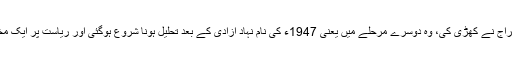
کلونیل ریاست جو برطانوی سامراج نے کھڑی کی، وہ دوسرے مرحلے میں یعنی 1947ء کی نام نہاد آزادی کے بعد تحلیل ہونا شروع ہوگئی اور ریاست پر ایک مخصوص طبقے کا کنٹرول ہوگیا۔